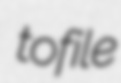
tofile